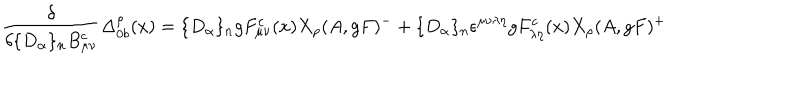
\frac { \delta } { \delta \{ D _ { \alpha } \} _ { n } B _ { \mu \nu } ^ { c } } \Delta _ { 0 b } ^ { \rho } ( x ) = \{ D _ { \alpha } \} _ { n } g F _ { \mu \nu } ^ { c } ( x ) X _ { \rho } ( A , g F ) ^ { - } + \{ D _ { \alpha } \} _ { n } \epsilon ^ { \mu \nu \lambda \eta } g F _ { \lambda \eta } ^ { c } ( x ) X _ { \rho } ( A , g F ) ^ { + }